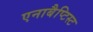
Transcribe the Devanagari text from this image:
एनाबैप्टिस्ट